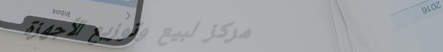
مركز لبيع وتوزيع الأجهزة